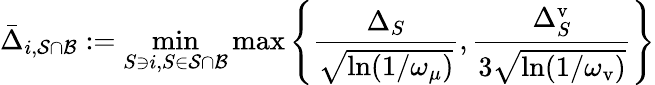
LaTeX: \bar{\Delta}_{i,\mathcal{S}\cap\mathcal{B}}:=\operatorname*{min}_{S\ni i,S\in\mathcal{S}\cap\mathcal{B}}\operatorname*{max}\left\{ \frac{\Delta_{S}}{\sqrt{\ln(1/\omega_{\mu})}},\frac{\Delta_{S}^{\mathrm{v}}}{3\sqrt{\ln(1/\omega_{\mathrm{v}})}}\right\}